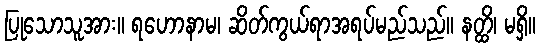
ပြုသောသူအား။ ရဟောနာမ၊ ဆိတ်ကွယ်ရာအရပ်မည်သည်။ နတ္ထိ၊ မရှိ။